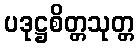
ပဒုဋ္ဌစိတ္တသုတ္တ